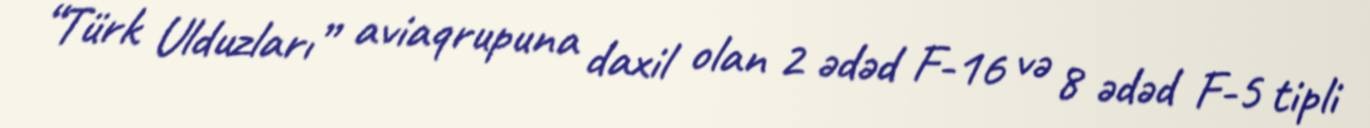
“Türk Ulduzları” aviaqrupuna daxil olan 2 ədəd F-16 və 8 ədəd F-5 tipli